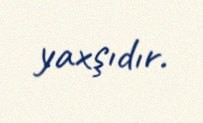
yaxşıdır.